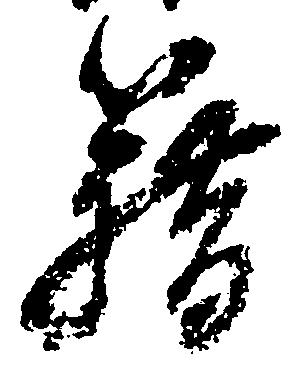
籍